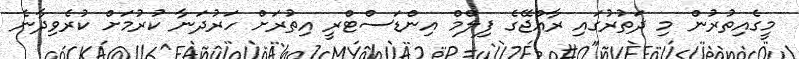
މީގެއިތުރުން މި ދަތުރުގައި ރާއްޖޭގެ ފިލްމް އިންޑަސްޓްރީ އިތުރަށް ހަރުދަނާ ކުރުމަށް ކުރެވިދާނެ